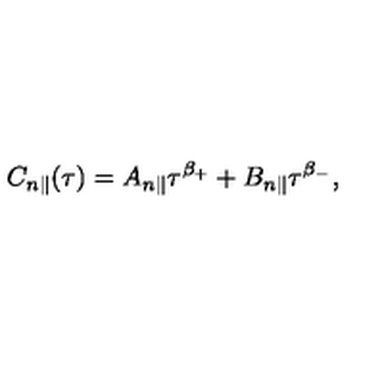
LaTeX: C _ { n \parallel } ( \tau ) = A _ { n \parallel } \tau ^ { \beta _ { + } } + B _ { n \parallel } \tau ^ { \beta _ { - } } ,